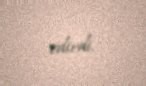
edirdi.